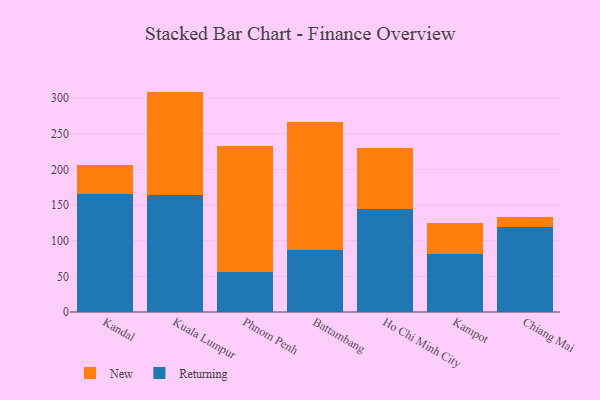
{"axis": {"x": "City", "y": "Energy Usage (MWh)"}, "legend": ["New", "Returning"], "data": [{"x": "Kandal", "y": 164.9, "type": "Returning"}, {"x": "Kandal", "y": 41.2, "type": "New"}, {"x": "Kuala Lumpur", "y": 164.3, "type": "Returning"}, {"x": "Kuala Lumpur", "y": 144.9, "type": "New"}, {"x": "Phnom Penh", "y": 56.8, "type": "Returning"}, {"x": "Phnom Penh", "y": 175.4, "type": "New"}, {"x": "Battambang", "y": 87.6, "type": "Returning"}, {"x": "Battambang", "y": 178.7, "type": "New"}, {"x": "Ho Chi Minh City", "y": 144.6, "type": "Returning"}, {"x": "Ho Chi Minh City", "y": 85.9, "type": "New"}, {"x": "Kampot", "y": 80.7, "type": "Returning"}, {"x": "Kampot", "y": 43.6, "type": "New"}, {"x": "Chiang Mai", "y": 118.6, "type": "Returning"}, {"x": "Chiang Mai", "y": 15.2, "type": "New"}]}